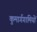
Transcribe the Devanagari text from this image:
कुमार्गगामियों